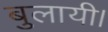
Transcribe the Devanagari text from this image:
बुलायी।